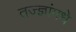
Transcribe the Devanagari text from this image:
तज्ज्ञांमधे